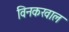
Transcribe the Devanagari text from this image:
विनकखाल